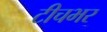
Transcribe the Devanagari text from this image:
टीचभर